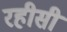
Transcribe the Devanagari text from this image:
रहीसी